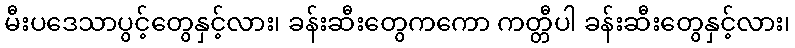
မီးပဒေသာပွင့်တွေနှင့်လား၊ ခန်းဆီးတွေကကော ကတ္တီပါ ခန်းဆီးတွေနှင့်လား၊